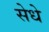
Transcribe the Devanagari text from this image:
सेधे